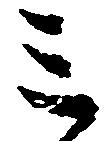
ミ